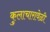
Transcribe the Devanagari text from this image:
कुलाचारावेळी